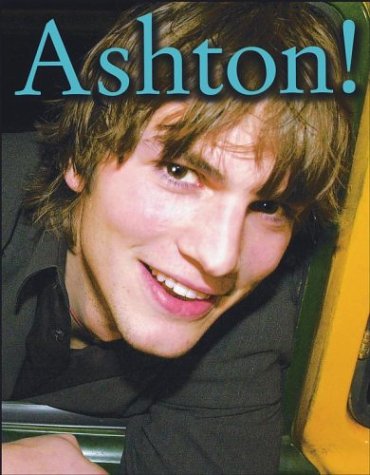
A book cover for Ashton!; Grace Norwich; Teen & Young Adult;